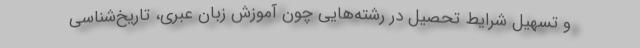
و تسهیل شرایط تحصیل در رشته‌هایی چون آموزش زبان عبری، تاریخ‌شناسی